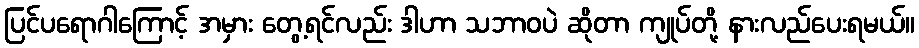
ပြင်ပရောဂါကြောင့် အမှား တွေ့ရင်လည်း ဒါဟာ သဘာဝပဲ ဆိုတာ ကျုပ်တို့ နားလည်ပေးရမယ်။